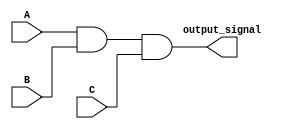
module three_input_and_gate (
    input A,
    input B,
    input C,
    output output_signal
);

assign output_signal = (A & B & C);

endmodule